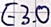
Text: E3.0